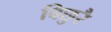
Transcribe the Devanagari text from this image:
बिछुरै